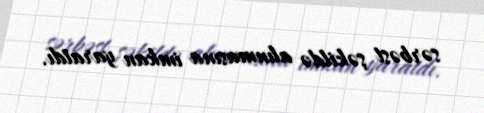
sərbəst şəkildə alınmasına imkan yaratdı.